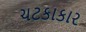
ચટકાકાર